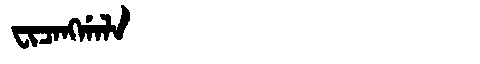
Manchu: ᠸᡳᠴᠠᠩᡤᠠᠯᠠ
Romanization: FICANGGALA